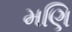
મણિ